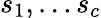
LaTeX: s_{1},\ldots s_{c}